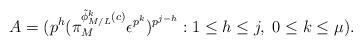
LaTeX: \begin{align*} A=(p^h(\pi_M^{\tilde{\phi}_{M/L}^k(c)}\epsilon^{p^k})^{p^{j-h}}:1\le h\le j,\;0\le k\le\mu).\end{align*}